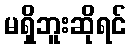
မရှိဘူးဆိုရင်